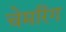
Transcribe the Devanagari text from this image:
चेमरिंग